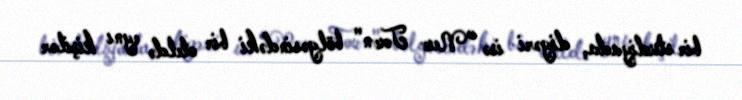
bir studiyada, digəri isə "New Town" bölgəsindəki bir oteldə eynı kişilər